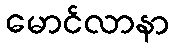
မောင်လာနာ